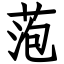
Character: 萢